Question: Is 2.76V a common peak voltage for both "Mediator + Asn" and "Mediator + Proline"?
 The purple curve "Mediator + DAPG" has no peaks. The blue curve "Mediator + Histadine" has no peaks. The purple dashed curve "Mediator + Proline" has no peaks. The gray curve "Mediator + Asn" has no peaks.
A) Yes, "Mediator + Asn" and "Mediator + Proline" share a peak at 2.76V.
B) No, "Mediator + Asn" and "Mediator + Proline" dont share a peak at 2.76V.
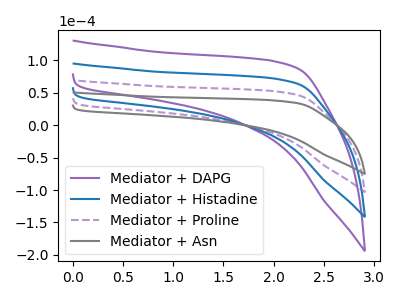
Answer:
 <answer>B) No, "Mediator + Asn" and "Mediator + Proline" dont share a peak at 2.76V.</answer>
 <eval>B</eval>